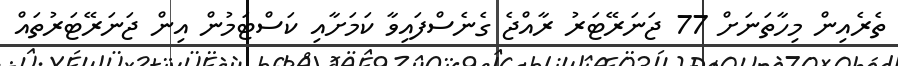
ތެރެއިން މިހާތަނަށް 77 ޖަނަރޭޓަރު ރާއްޖެ ގެނެސްފައިވާ ކަމަށާއި ކަސްޓަމުން އިން ޖަނަރޭޓަރުތައް